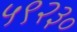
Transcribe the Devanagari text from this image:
५९२३०